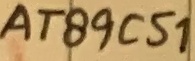
Text: AT89C51